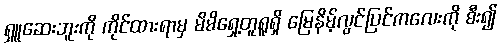
ရှူဆေးဘူးကို ကိုင်ထားရာမှ မိမိရှေ့တူရူရှိ မြေနိမ့်လွင်ပြင်ကလေးကို စီး၍